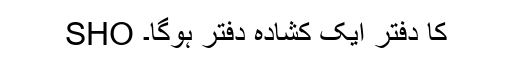
SHO کا دفتر ایک کشادہ دفتر ہوگا۔